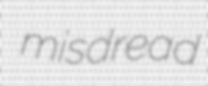
misdread